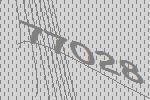
77028